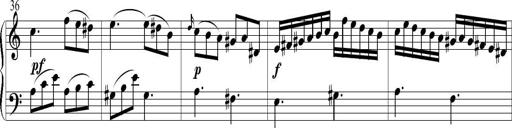
Title: 6 Leichte Sonatinen, Teil 1
Composer: F. Sigismund Sander